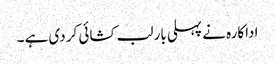
اداکارہ نے پہلی بار لب کشائی کر دی ہے ۔